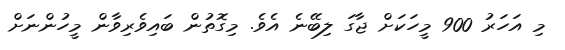
މި އަހަރު 900 މީހަކަށް ޖާގަ ލިބޭނެ އެވެ. މިގޮތުން ބައިވެރިވާން މީހުންނަށް